Annual report on the working of the lock hospitals in the North-Western Provinces and Oudh
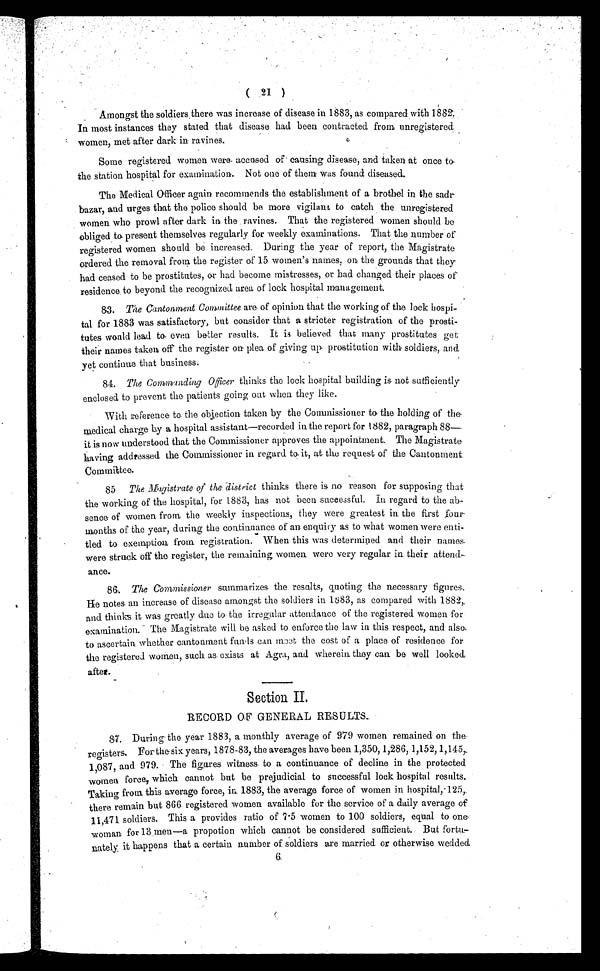
( 21 )
Amongst the soldiers there was increase of disease in 1883, as compared with 1882.
I n m o s t i n s t a n c e s t h e y s t a t e d t h a t d i s e a s e h a d b e e n c o n t r a c t e d f r o m u n r e g i s t e r e d
women, met after dark in ravines.
Some registered women were. accused of causing disease, and taken at once to,
the station hospital for examination. Not one of them was found diseased.
The Medical Officer again recommends the establishment of a brothel in the sadr
bazar, and urges that the police should be more vigilant to catch the unregistered
women Who prowl after dark in the ravines. That the registered women should be
obliged to present themselves regularly for weekly examinations. That the number of
registered women should be increased. During the year of report, the Magistrate
ordered the removal from the register of 15 women's names, on the grounds that they
had ceased to be prostitutes, or had become mistresses, or had changed their places of
residence. to beyond the recognized area of lock hospital management.
8 3 . T h e
C a n
t o a m e n t C o m m i t t e e
are of opinion that the working of the lock hospi
-tal for 1883 was satisfactory, but consider that a stricter registration of the prosti-
tutes would lead to even better results. It is believed that many prostitutes get
their names taken off the register on plea of giving up prostitution with soldiers, and
yet continue that business.
84. The Commanding Officer thinks the lock hospital building is not sufficiently
enclosed to prevent the patients going out when they like.
With reference to the objection taken by the Commissioner to the holding of the
medical charge by a hospital assistant—recorded in the report for 1882, paragraph
88—it is now understood that the Commissioner approves the appointment. The Magistrate
having addressed the Commissioner in regard to it, at the request of the Cantonment
Committee.
85 The Magistrate of the distr ict thinks there is no reason for supposing that
the working of the hospital, for 1883, has not been successful. In regard to the ab-
sence of women from the weekly inspections, they were greatest in the first four-
months of the year, during the continuance of an enquiry as to what women were enti-
tled to exemption from registration. When this was determined and their names.
were struck off the register, the remaining women were very regular in their attend.-
ance.
86. Time Commissioner summarizes the results, quoting the necessary figures.
He notes an increase of disease amongst the soldiers in 1883, as compared with 1882,.
a n d t h i n k s i t w a s g r e a t l y c l u e t o t h e i r r e g u l a r a t t e n d a n c e o f t h e r e g i s t e r e d w o m e n f o r
examination. The Magistrate will be asked to enforce the law in this respect, and also
to ascertain whether cantonment funds can meet the cost of a place of residence for
the registered women, such as exists at Agra, and wherein they can be well looked
after.
Section II.
RECORD OF GENERAL RESULTS.
8 7 . D u r i n g
. t h e y e a r 1 8 8 3 , a m o n t h l y a v e r a g e o f 9 7 9 w o m e n r e m a i n e d o n t h e
registers. For the six years, 1878-83, the averages have been 1,350, 1,286, 1,152, 1,145,
1,087, and 979. The figures witness to a continuance of decline in the protected
women force, which cannot but be prejudicial to successful lock hospital results.
Taking from this average force, in 1883, the average force of women in hospital, 125,
there remain but 866 registered women available for the service of a daily average of
1 1 , 4 7 1 s o l d i e r s . Th i s a p r o v i d e s r a t i o o f 7 · 5 wo me n t o 1 0 0 s o l d i e r s , e q u a l t o o n e
woman for 13 men—a propotion which cannot be considered sufficient. But fortu-
nately it happens that a certain number of soldiers are married or otherwise wedded
6